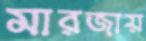
মারজায়